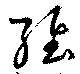
維